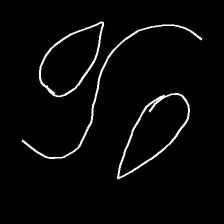
Glyph: water